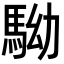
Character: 𩢒